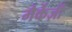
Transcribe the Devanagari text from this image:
मैर्केज़ी